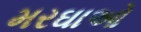
મરઘાઓ